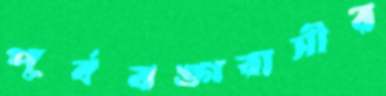
পূর্ববঙ্গবাসীর